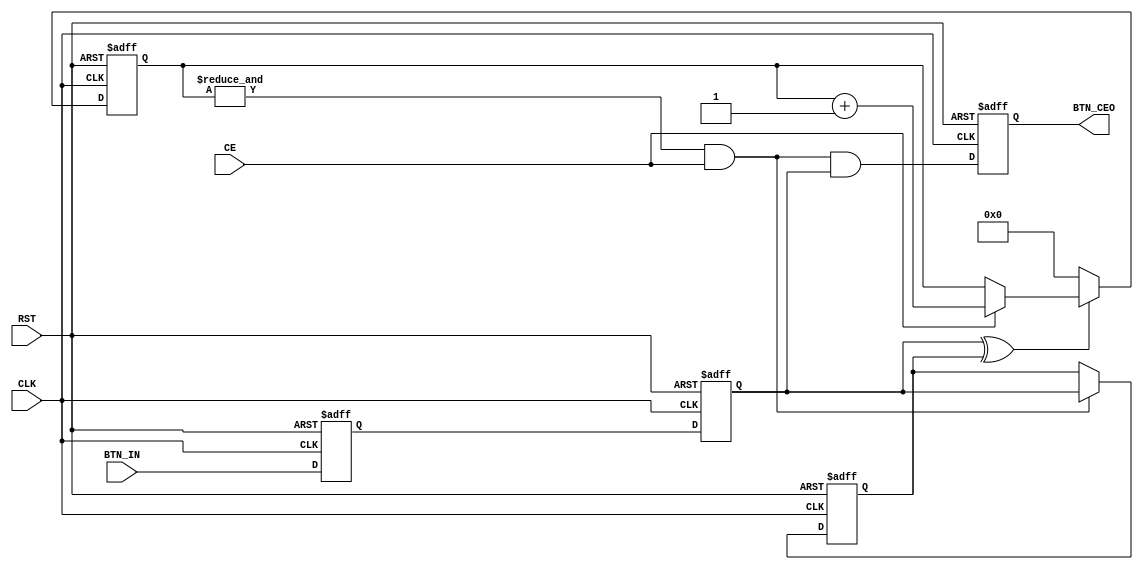
module BTN_FILTER(
input CLK,
input CE,
input BTN_IN,
input RST,
output reg BTN_CEO
);
parameter [3:0] CNTR_WIDTH = 4; // Internal Counter Width
// Internal signals declaration:
reg [CNTR_WIDTH - 1:0] FLTR_CNT;
reg BTN_D, BTN_S1, BTN_S2;
//------------------------------------------
// Main Counter:
always @ (posedge CLK, posedge RST)
if(RST) FLTR_CNT <= {CNTR_WIDTH{1'b0}};
else
if(!(BTN_S1 ^ BTN_S2)) // if BTN_S1 = BTN_S2
FLTR_CNT <= {CNTR_WIDTH{1'b0}}; // Return to Zero
else if(CE) // else if Clock Enable
FLTR_CNT <= FLTR_CNT + 1; // Increment
//------------------------------------------
// Input Synchronizer:
always @ (posedge CLK, posedge RST)
if(RST)
begin
BTN_D <= 1'b0;
BTN_S1 <= 1'b0;
end
else
begin
BTN_D <= BTN_IN;
BTN_S1 <= BTN_D;
end
//------------------------------------------
// Output Register:
always @ (posedge CLK, posedge RST)
if(RST) BTN_S2 <= 1'b0;
else if(&(FLTR_CNT) & CE) BTN_S2 <= BTN_S1;
//------------------------------------------
// Output Front Detector Clock Enable:
always @ (posedge CLK, posedge RST)
if(RST) BTN_CEO <= 1'b0;
else BTN_CEO <= &(FLTR_CNT) & CE & BTN_S1;
//------------------------------------------
endmodule